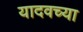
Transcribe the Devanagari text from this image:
यादवच्या